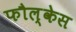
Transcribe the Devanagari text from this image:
फौल्केस